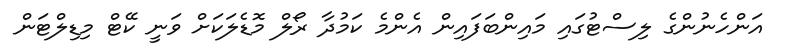
އަންހެނުންގެ ލިސްޓުގައި މައިންބަފައިން އެންމެ ކަމުދާ ރޯލް މޮޑެލަކަށް ވަނީ ކޭޓް މިޑިލްޓަން